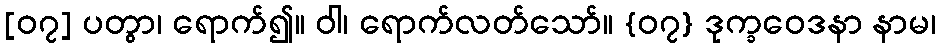
[၀၇] ပတွာ၊ ရောက်၍။ ဝါ၊ ရောက်လတ်သော်။ {၀၇} ဒုက္ခဝေဒနာ နာမ၊